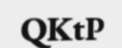
QKtP